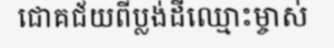
ជោគជ័យពីប្លង់ដីឈ្មោះម្ចាស់